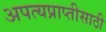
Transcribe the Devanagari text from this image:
अपत्यप्राप्तीसाठी